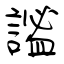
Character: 謐